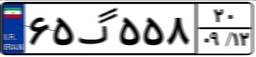
۶۵گ۵۵۸۲۰